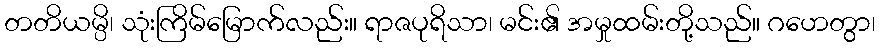
တတိယမ္ပိ၊ သုံးကြိမ်မြောက်လည်း။ ရာဇပုရိသာ၊ မင်း၏ အမှုထမ်းတို့သည်။ ဂဟေတွာ၊